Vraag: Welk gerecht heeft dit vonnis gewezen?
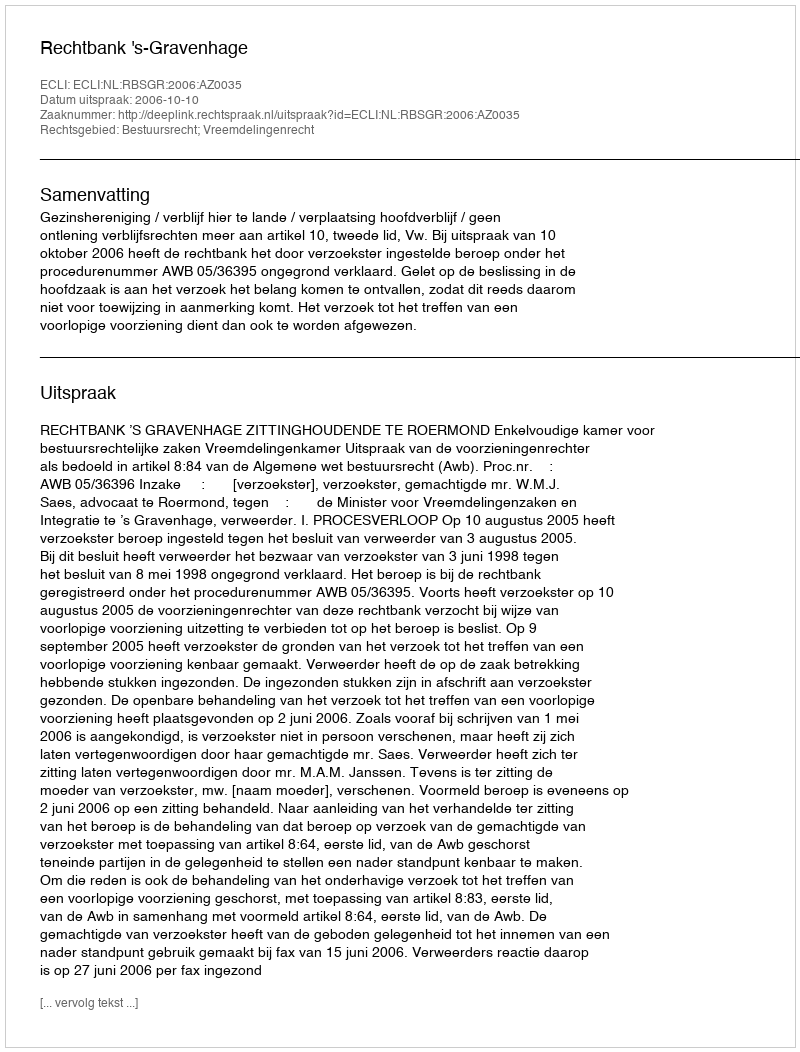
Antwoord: Rechtbank 's-Gravenhage